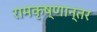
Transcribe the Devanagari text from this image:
रामकृष्णान्तर